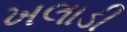
ખલાડી